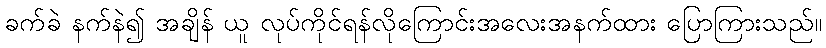
ခက်ခဲ နက်နဲ၍ အချိန် ယူ လုပ်ကိုင်ရန်လိုကြောင်းအလေးအနက်ထား ပြောကြားသည်။